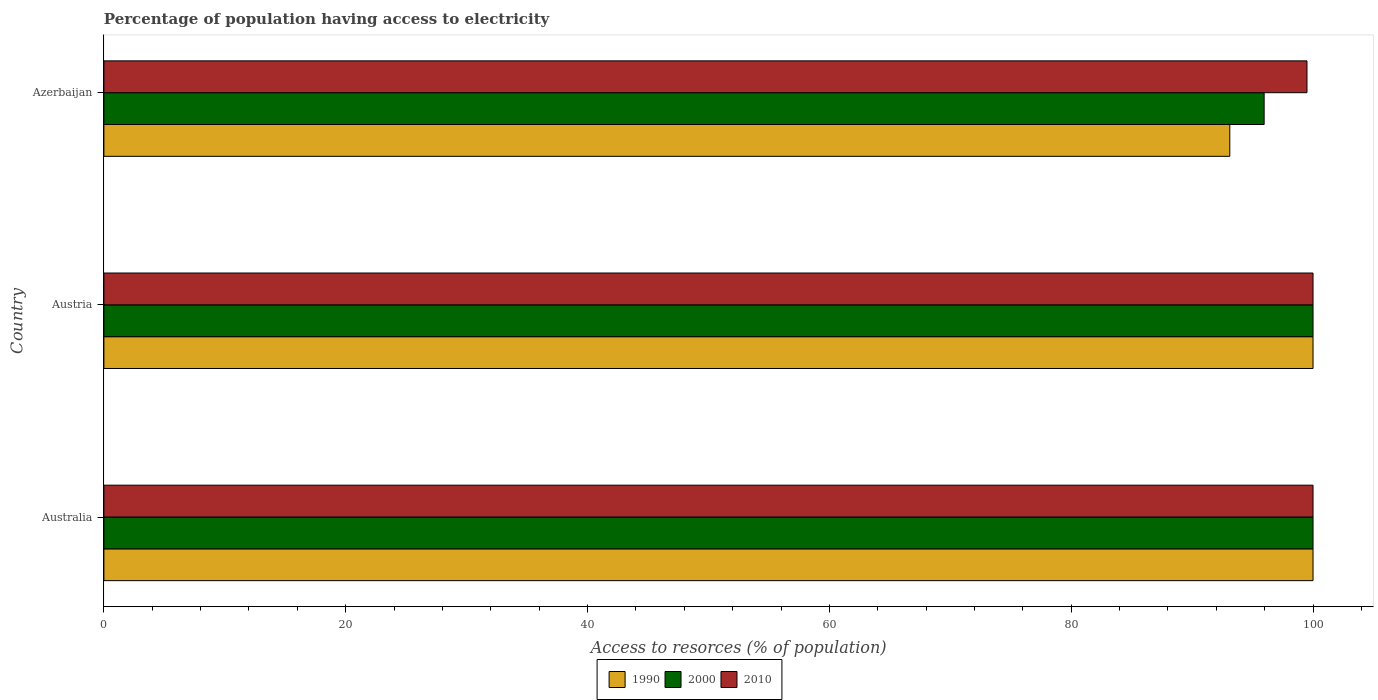
| Country | 1990 | 2000 | 2010 |
 | --- | --- | --- | --- |
 | Australia | 100 | 100 | 100 |
 | Austria | 100 | 100 | 100 |
 | Azerbaijan | 93.1 | 96 | 99.5 |